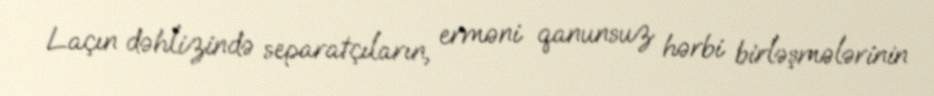
Laçın dəhlizində separatçıların, erməni qanunsuz hərbi birləşmələrinin